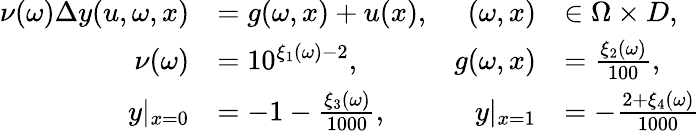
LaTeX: \begin{array}{r}{\begin{array}{rlrl}{\nu(\omega)\Delta y(u,\omega,x)}&{=g(\omega,x)+u(x),}&{(\omega,x)}&{\in\Omega\times D,}\\ {\nu(\omega)}&{=10^{\xi_{1}(\omega)-2},}&{g(\omega,x)}&{=\frac{\xi_{2}(\omega)}{100},}\\ {y|_{x=0}}&{=-1-\frac{\xi_{3}(\omega)}{1000},}&{y|_{x=1}}&{=-\frac{2+\xi_{4}(\omega)}{1000}}\end{array}}\end{array}